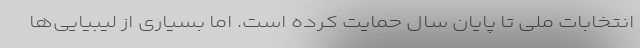
انتخابات ملی تا پایان سال حمایت کرده‌ است. اما بسیاری از لیبیایی‌ها